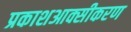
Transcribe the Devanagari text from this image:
प्रकाशआक्सीकरण